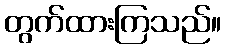
တွက်ထားကြသည်။